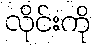
လိုင်းကို